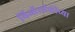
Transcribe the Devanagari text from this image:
थिऑसॉफीच्या